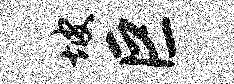
坡巨